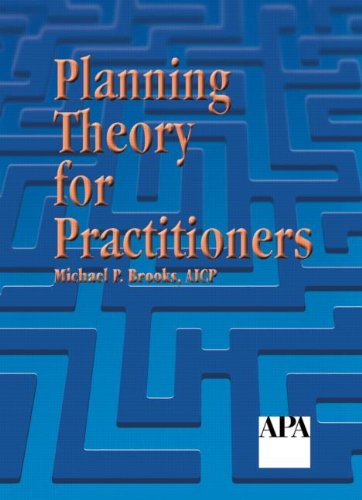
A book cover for Planning Theory for Practitioners; Michael P. Brooks; Arts & Photography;